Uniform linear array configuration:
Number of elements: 48
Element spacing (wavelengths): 1
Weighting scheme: hamming
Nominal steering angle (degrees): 45
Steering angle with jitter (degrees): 44.464
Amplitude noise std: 0.05
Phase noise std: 0.05

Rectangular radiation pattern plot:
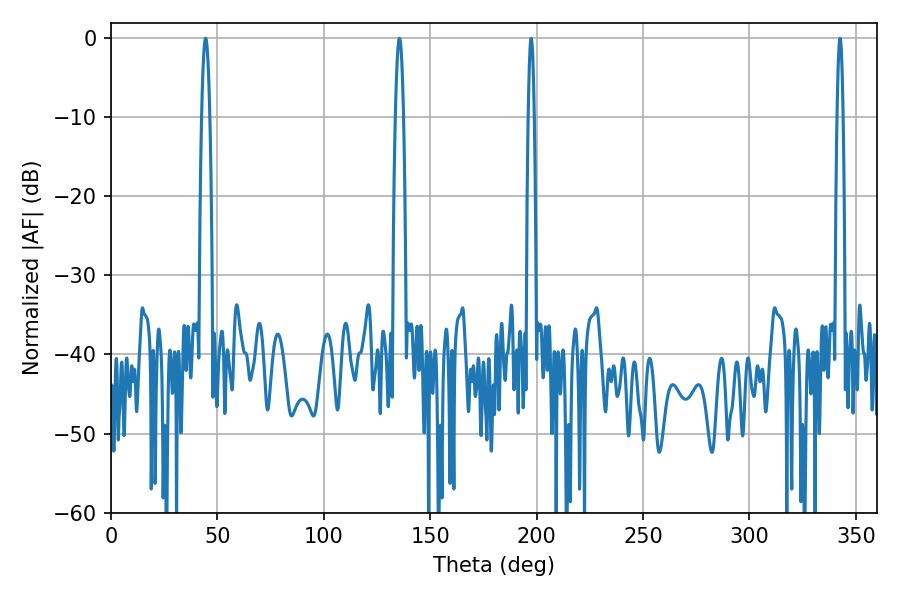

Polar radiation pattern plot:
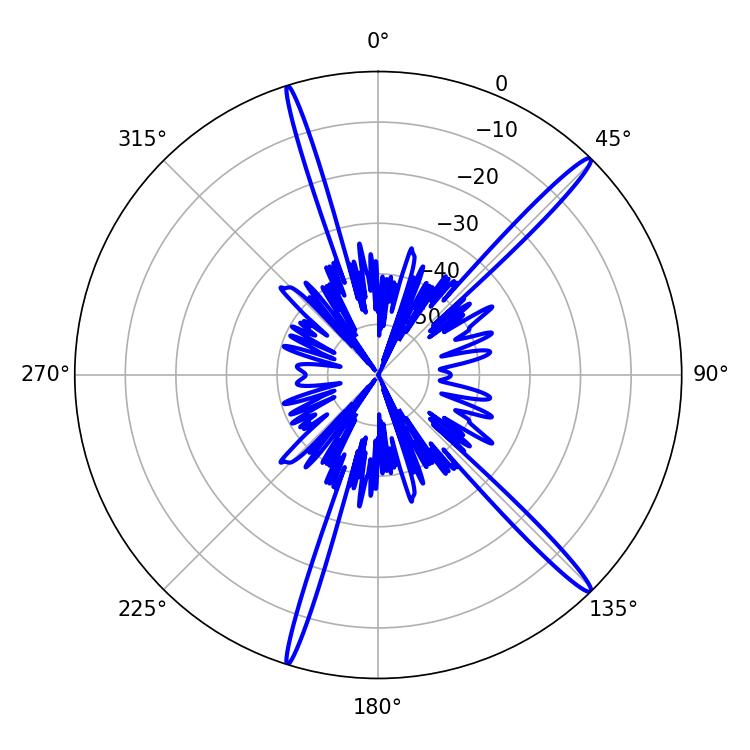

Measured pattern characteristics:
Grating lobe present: TRUE
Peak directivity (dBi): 17.158
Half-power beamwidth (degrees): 2.16
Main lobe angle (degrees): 44.46